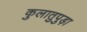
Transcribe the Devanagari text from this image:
कुलातुपुड़ा